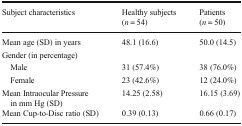
| Subject characteristics | Healthy subjects (n = 54) | Patients (n = 50) |
 | --- | --- | --- |
 | Mean age (SD) in years | 48.1 (16.6) | 50.0 (14.5) |
 | <COLSPAN=3> Gender (in percentage) |
 | Male | 31 (57.4%) | 38 (76.0%) |
 | Female | 23 (42.6%) | 12 (24.0%) |
 | Mean Intraocular Pressure in mm Hg (SD) | 14.25 (2.58) | 16.15 (3.69) |
 | Mean Cup-to-Disc ratio (SD) | 0.39 (0.13) | 0.66 (0.17) |